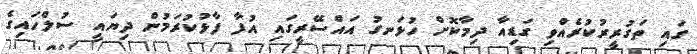
ގައި ތަގުރީރުކުރެއްވި ގަޑިއާ ދިމާކޮށް ހުޅަނގު އައްސޭރީގައި އުފާ ފާޅުކުރަމުން ދިޔައީ ސުލްހައިގެ